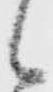
候